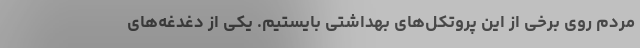
مردم روی برخی از این پروتکل‌های بهداشتی بایستیم. یکی از دغدغه‌های